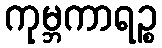
ကုမ္ဘကာရဉ္စ